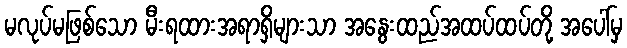
မလုပ်မဖြစ်သော မီးရထားအရာရှိများသာ အနွေးထည်အထပ်ထပ်တို့ အပေါ်မှ